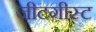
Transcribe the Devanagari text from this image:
जीटगीस्ट